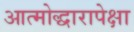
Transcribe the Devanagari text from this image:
आत्मोद्धारापेक्षा